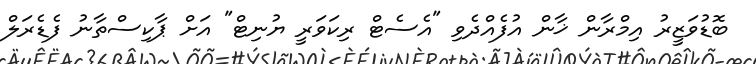
ބޮޑުވަޒީރު އިމްރާން ޚާން އުފެއްދެވި "އެސެޓް ރިކަވަރީ ޔުނިޓް" އަށް ޕާކިސްތާނު ފެޑެރަލް